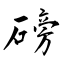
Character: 磅